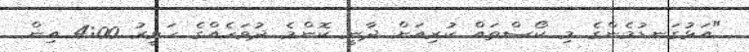
"އަޅުގަނޑުމެންގެ މި ކޯސްތައް ކުރިއަށް ދާނީ ކޮންމެ ދުވަހެއްގެ ހަވީރު 4:00 އިން